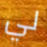
لي